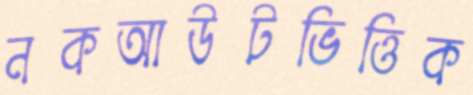
নকআউটভিত্তিক